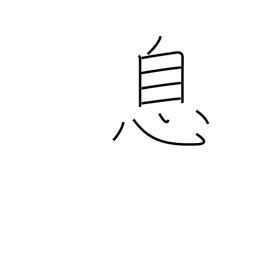
Meaning: son